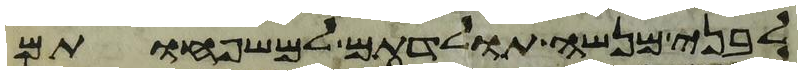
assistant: לבני מנשה תולדתם למשפחותם